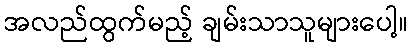
အလည်ထွက်မည့် ချမ်းသာသူများပေါ့။